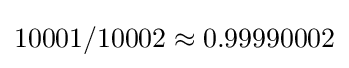
10001/10002\approx 0.99990002